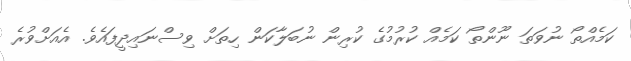
ކަމެއްތޯ ނުވަތަ ނޫންތޯ ކަމެއް ކުރުމުގެ ކުރިން ނުބަލާކަން ހިތަށް ވިސްނައިދީފައެވެ. އެއަށްވުރެ